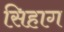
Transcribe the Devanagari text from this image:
सिहाग